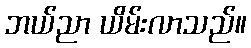
ဘယ်ညာ ယိမ်းလာသည်။